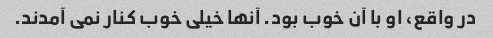
در واقع، او با آن خوب بود. آنها خیلی خوب کنار نمی آمدند.